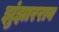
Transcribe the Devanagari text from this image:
झुंझारराव